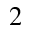
_ 2